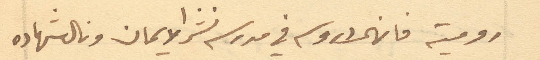
رومية فانهى دروسه في مدرسة نشر الايمان ونال شهاده